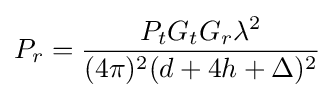
P_{r}={\frac {P_{t}G_{t}G_{r}\lambda ^{2}}{(4\pi )^{2}(d+4h+\Delta )^{2}}}